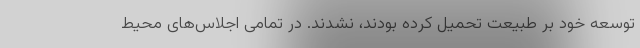
توسعه خود بر طبیعت تحمیل کرده بودند، نشدند. در تمامی اجلاس‌های محیط